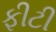
ફીટી